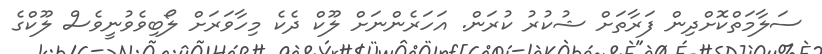
ސަލާމަތްކޮށްދިން ފަރާތަށް ޝުކުރު ކުރަން. އަހަރެންނަށް ލޫކް ދެކެ މިހާވަރަށް ލޯބިވެވުނީވެސް ލޫކްގެ